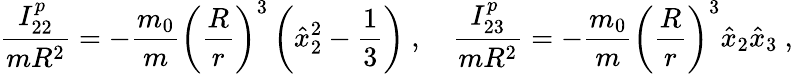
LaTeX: \frac{I_{22}^{p}}{mR^{2}}=-\frac{m_{0}}{m}\left(\frac{R}{r}\right)^{3}\left(\hat{x}_{2}^{2}-\frac{1}{3}\right)\ ,\quad\frac{I_{23}^{p}}{mR^{2}}=-\frac{m_{0}}{m}\left(\frac{R}{r}\right)^{3}\hat{x}_{2}\hat{x}_{3}\ ,